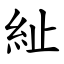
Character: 䊼